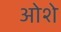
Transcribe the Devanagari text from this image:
ओशे